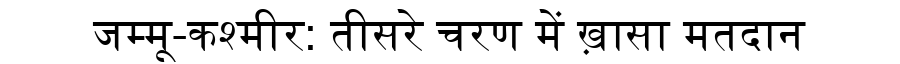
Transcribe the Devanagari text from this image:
जम्मू-कश्मीर: तीसरे चरण में ख़ासा मतदान